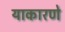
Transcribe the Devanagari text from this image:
याकारणे